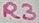
Text: R3